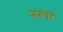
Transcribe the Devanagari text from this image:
नरपा